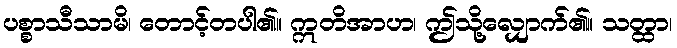
ပစ္စာသီသာမိ၊ တောင့်တပါ၏။ ဣတိအာဟ၊ ဤသို့လျှောက်၏။ သတ္ထာ၊